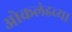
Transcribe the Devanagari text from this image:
ओकलंडच्या